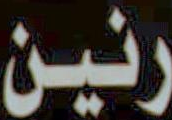
رنين